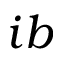
i b